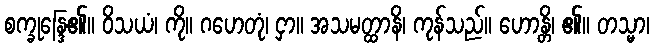
စက္ခုန္ဒြေ၏။ ဝိသယံ၊ ကို။ ဂဟေတုံ၊ ငှာ။ အသမတ္ထာနိ၊ ကုန်သည်။ ဟောန္တိ၊ ၏။ တသ္မာ၊